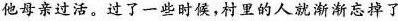
他母亲过活。过了一些时候，村里的人就渐渐忘掉了